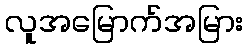
လူအမြောက်အမြား